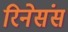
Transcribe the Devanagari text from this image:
रिनेसंस